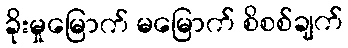
ခိုးမှုမြောက် မမြောက် စိစစ်ချက်